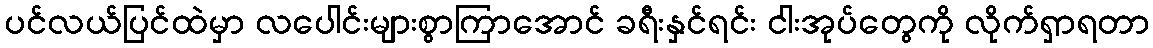
ပင်လယ်ပြင်ထဲမှာ လပေါင်းများစွာကြာအောင် ခရီးနှင်ရင်း ငါးအုပ်တွေကို လိုက်ရှာရတာ